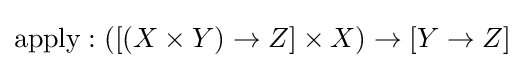
{\mbox{apply}}:([(X\times Y)\to Z]\times X)\to [Y\to Z]